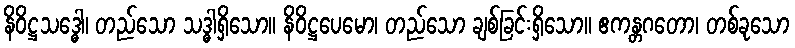
နိဝိဋ္ဌသဒ္ဓေါ၊ တည်သော သဒ္ဓါရှိသော။ နိဝိဋ္ဌပေမော၊ တည်သော ချစ်ခြင်းရှိသော။ ဧကန္တဂတော၊ တစ်ခုသော